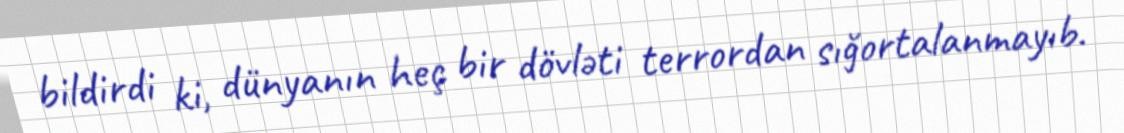
bildirdi ki, dünyanın heç bir dövləti terrordan sığortalanmayıb.